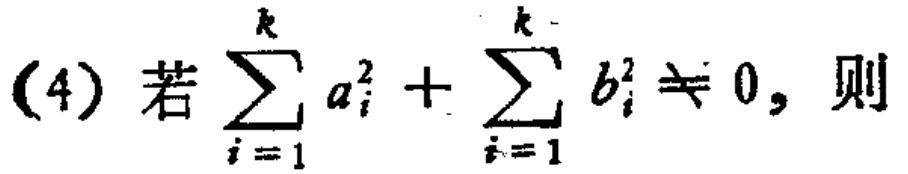
(4) 若\(\sum_{i = 1}^{k} a_{i}^{2}+\sum_{i = 1}^{k} b_{i}^{2}\neq 0\)，则